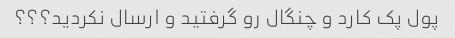
پول پک کارد و چنگال رو گرفتید و ارسال نکردید؟؟؟